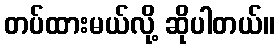
တပ်ထားမယ်လို့ ဆိုပါတယ်။